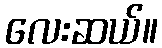
လေးဆယ်။